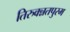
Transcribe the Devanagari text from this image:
तिरुवन्नतपुरम